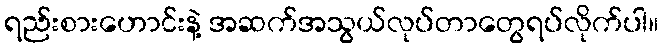
ရည်းစားဟောင်းနဲ့ အဆက်အသွယ်လုပ်တာတွေရပ်လိုက်ပါ။